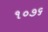
૧૦૭૬